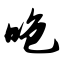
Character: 咆